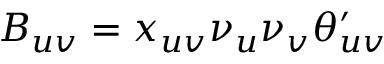
B _ { u v } = x _ { u v } \nu _ { u } \nu _ { v } \theta _ { u v } ^ { \prime }